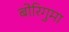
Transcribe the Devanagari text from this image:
बोरिगुमा